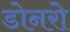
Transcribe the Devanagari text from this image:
डोनरो